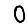
Digit: 0